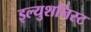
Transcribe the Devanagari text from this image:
इल्युशनिस्ट